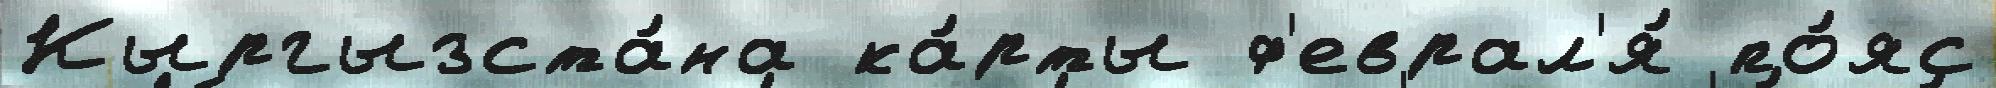
Кыргызста́на ка́рты ф'еврал'я́ по́яс